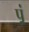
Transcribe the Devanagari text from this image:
प़्रं